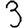
Digit: 3